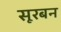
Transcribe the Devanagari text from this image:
सूरबन